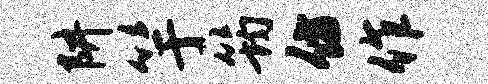
阱竽筠仿作